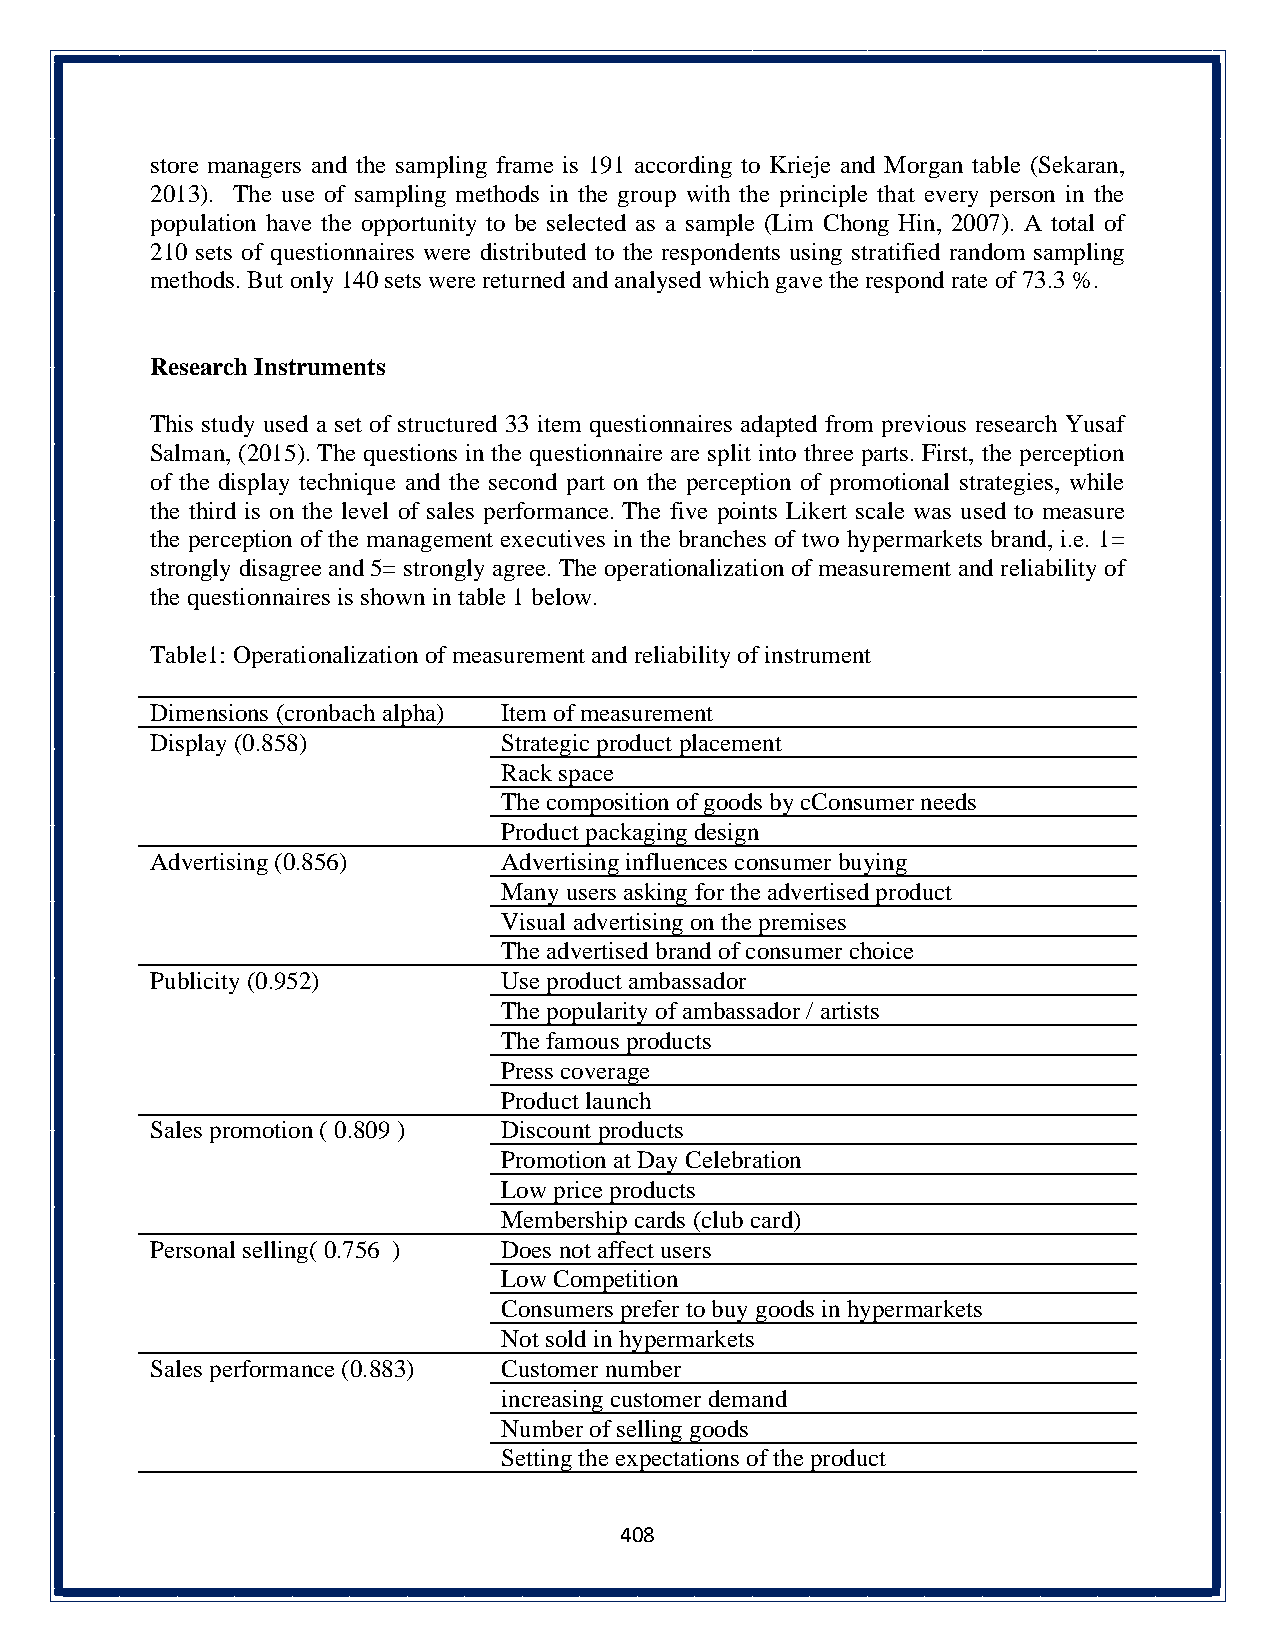
store managers and the sampling frame is 191 according to Krieje and Morgan table (Sekaran,
 2013). The use of sampling methods in the group with the principle that every person in the
 population have the opportunity to be selected as a sample (Lim Chong Hin, 2007). A total of
 210 sets of questionnaires were distributed to the respondents using stratified random sampling
 methods. But only 140 sets were returned and analysed which gave the respond rate of 73.3 %.
 Research Instruments
 This study used a set of structured 33 item questionnaires adapted from previous research Yusaf
 Salman, (2015). The questions in the questionnaire are split into three parts. First, the perception
 of the display technique and the second part on the perception of promotional strategies, while
 the third is on the level of sales performance. The five points Likert scale was used to measure
 the perception of the management executives in the branches of two hypermarkets brand, i.e. 1=
 strongly disagree and 5= strongly agree. The operationalization of measurement and reliability of
 the questionnaires is shown in table 1 below.
 Table1: Operationalization of measurement and reliability of instrument
 Dimensions (cronbach alpha) Item of measurement
 Display (0.858)        Strategic product placement
 Rack space
 The composition of goods by cConsumer needs
 Product packaging design
 Advertising (0.856)    Advertising influences consumer buying
 Many users asking for the advertised product
 Visual advertising on the premises
 The advertised brand of consumer choice
 Publicity (0.952)      Use product ambassador
 The popularity of ambassador / artists
 The famous products
 Press coverage
 Product launch
 Sales promotion ( 0.809 ) Discount products
 Promotion at Day Celebration
 Low price products
 Membership cards (club card)
 Personal selling( 0.756 ) Does not affect users
 Low Competition
 Consumers prefer to buy goods in hypermarkets
 Not sold in hypermarkets
 Sales performance (0.883) Customer number
 increasing customer demand
 Number of selling goods
 Setting the expectations of the product
 408